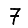
Digit: 7